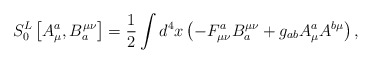
\begin{align*}S_0^L\left[ A_\mu ^a,B_a^{\mu \nu }\right] =\frac 12\int d^4x\left(-F_{\mu \nu }^aB_a^{\mu \nu }+g_{ab}A_\mu ^aA^{b\mu }\right) ,\end{align*}